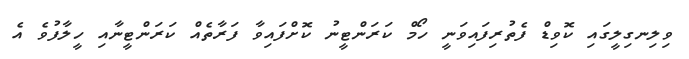
ވިލިނގިލީގައި ކޮވިޑް ފެތުރިފައިވަނީ ހޯމް ކަރަންޓީނު ކޮށްފައިވާ ފަރާތެއް ކަރަންޓީނާއި ހީލާފުވެ އެ